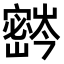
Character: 𫴚